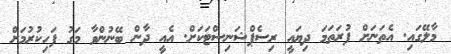
މާލޭގައި. އެތަނަށް ފުރަތަމަ ދިޔައީ ރިސެޕްޝަނިސްޓަކަށް. އެއީ ދާން ބޭނުންވާ މަގު ފަހިކުރުމަށް